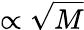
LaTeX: \propto\sqrt{M}